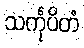
သင်္ကုပိတံ